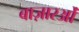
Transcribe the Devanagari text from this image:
बाज़ारओं